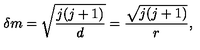
\delta m = \sqrt { \frac { j ( j + 1 ) } { d } } = \frac { \sqrt { j ( j + 1 ) } } { r } ,